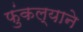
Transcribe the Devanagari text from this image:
फुंकल्याने